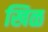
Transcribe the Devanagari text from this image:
खिळ